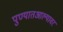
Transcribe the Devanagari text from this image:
पुण्यातआल्यावर